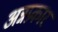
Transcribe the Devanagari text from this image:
अन्नप्रकार